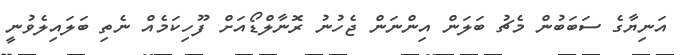
އަނިޔާގެ ސަބަބުން މެޗު ބަލަން އިންނަން ޖެހުނު ރޮނާލްޑޯއަށް ފޫހިކަމެއް ނެތި ބަލައިލެވުނީ